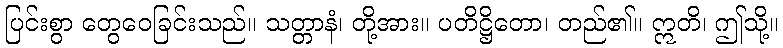
ပြင်းစွာ တွေဝေခြင်းသည်။ သတ္တာနံ၊ တို့အား။ ပတိဋ္ဌိတော၊ တည်၏။ ဣတိ၊ ဤသို့။